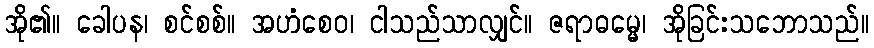
အို၏။ ခေါပန၊ စင်စစ်။ အဟံစေဝ၊ ငါသည်သာလျှင်။ ဇရာဓမ္မေ၊ အိုခြင်းသဘောသည်။